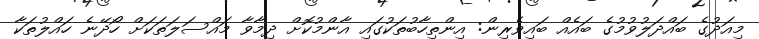
މިއަދުގެ ބައްދަލުވުމުގެ ބައެއް ބައިވެރިން: އިންތިހާބުތަކުގައި އާންމުކޮށް ދިމާވާ މައްސަލަތަކަށް ހޯދޭނެ ހައްލުތަކާ